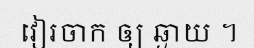
វៀរចាក ឲ្យ ឆ្ងាយ ។